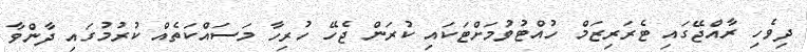
ދިވެހި ރާއްޖޭގައި ޓެރަރިޒަމް ހުއްޓުވުމަށްޓަކައި ކުރަން ޖެހޭ ހުރިހާ މަސައްކަތެއް ކުރުމުގައި ދާންވާ